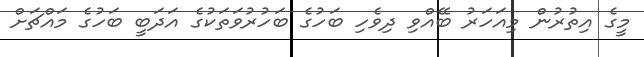
މީގެ އިތުރުން މިއަހަރު ބޭއްވި ދިވެހި ބަހުގެ ބަހުރުވަތަކުގެ އަދަބީ ބަހުގެ މައްޗަށް